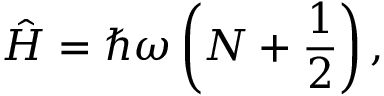
{ \hat { H } } = \hbar \omega \left( N + { \frac { 1 } { 2 } } \right) ,